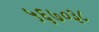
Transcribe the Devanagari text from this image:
५६७०३८